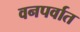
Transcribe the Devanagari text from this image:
वनपर्वात